Scottish Certificate of Education, 1963
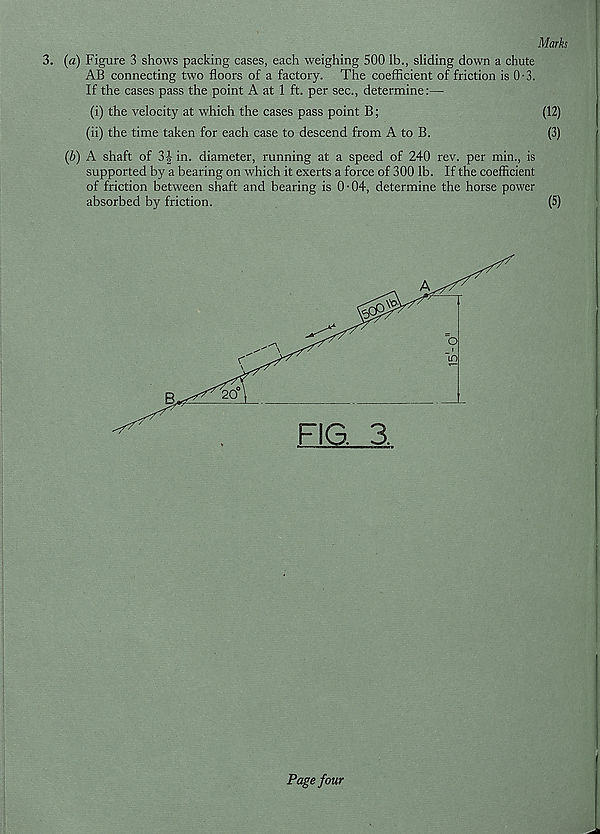
Marks
3. (a) Figure 3 shows packing cases, each weighing 500 lb., sliding down a chute
AB connecting two floors of a factory. The coefficient of friction is 0-3.
If the cases pass the point A at 1 ft. per sec., determine:—
(i) the velocity at which the cases pass point B;
(12)
(ii) the time taken for each case to descend from A to B.
(3)
(b) A shaft of 3f in. diameter, running at a speed of 240 rev. per min., is
supported by a bearing on which it exerts a force of 300 lb. If the coefficient
of friction between shaft and bearing is 0-04, determine the horse power
absorbed by friction.
(5)
Page four